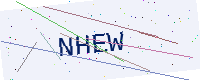
Text: NHEW